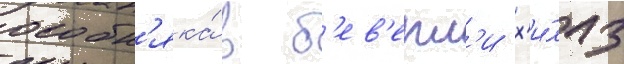
особн'яка́ в б'ев'ерл'и х'и́ллз